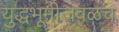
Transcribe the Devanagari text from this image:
युद्धभूमीजवळच